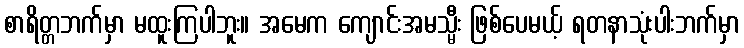
စာရိတ္တဘက်မှာ မထူးကြပါဘူး။ အမေက ကျောင်းအမသ္မီး ဖြစ်ပေမယ့် ရတနာသုံးပါးဘက်မှာ